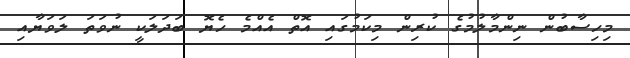
މިހިސާބުން ނިންމާލުމުގެ ކުރިން މިކަމުގައި އޮތް އެއްމެ ހެޔޮ ބަދަލަކީ ނުވަތަ ލަވަޔާއި